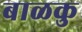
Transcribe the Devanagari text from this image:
बाळकु